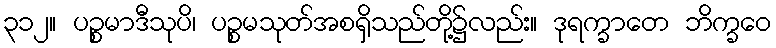
၃၁၂။ ပဉ္စမာဒီသုပိ၊ ပဉ္စမသုတ်အစရှိသည်တို့၌လည်း။ ဒုရက္ခာတေ ဘိက္ခဝေ